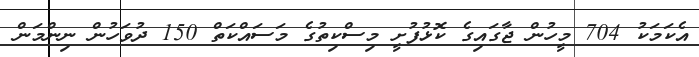
އެކަމަކު 704 މީހުން ޖާގައިގެ ކޮޅުފުށީ މިސްކިތުގެ މަސައްކަތް 150 ދުވަހުން ނިންމަން